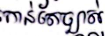
កាន់តែច្បាស់